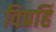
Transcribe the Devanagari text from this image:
विप्रहिं